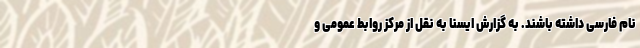
نام فارسی داشته باشند. به گزارش ایسنا به نقل از مرکز روابط عمومی و